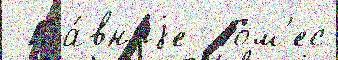
 Гла́вныjе  Гом'ес